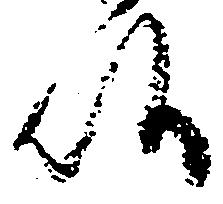
候